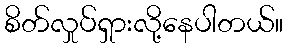
စိတ်လှုပ်ရှားလို့နေပါတယ်။